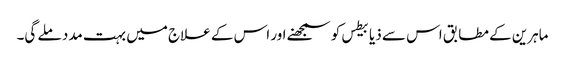
ماہرین کے مطابق اس سے ذیابیطس کو سمجھنے اور اس کے علاج میں بہت مدد ملے گی۔